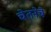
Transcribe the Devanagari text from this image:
चेतनेचे